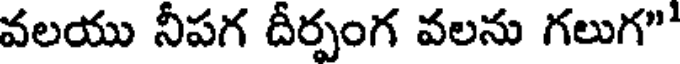
వలయు నీపగ దీర్పంగ వలను గలుగ"